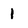
Character: 1